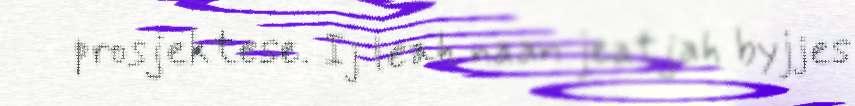
prosjektese. Ij leah naan jeatjah byjjes